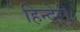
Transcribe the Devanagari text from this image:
हिन्देरी